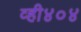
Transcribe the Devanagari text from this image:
व्ही४०४